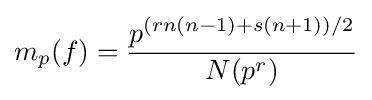
m_{p}(f)={p^{(rn(n-1)+s(n+1))/2} \over N(p^{r})}